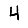
Digit: 4